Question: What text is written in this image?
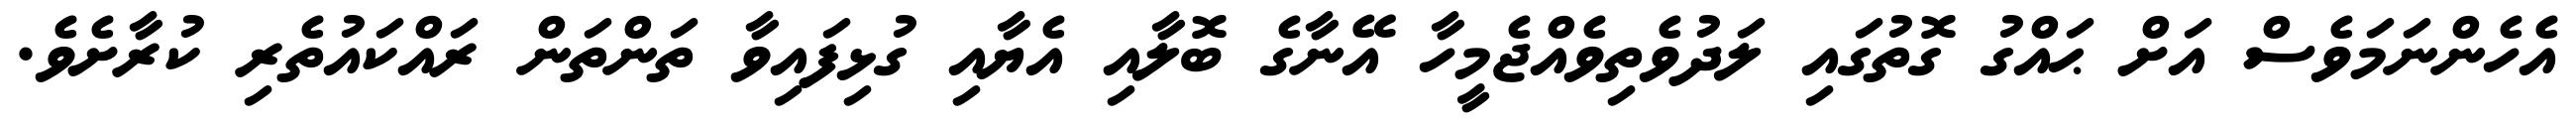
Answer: އެހެންނަމަވެސް އަށް ޙައްގު ގޮތުގައި ލަދުވެތިވެއްޖެމީހާ އޭނާގެ ބޮލާއި އެޔާއި ގުޅިފައިވާ ތަންތަން ރައްކައުތެރި ކުރާށެވެ.